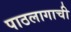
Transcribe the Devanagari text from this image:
पाठलागाची